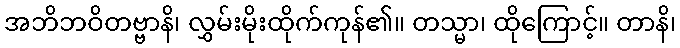
အဘိဘဝိတဗ္ဗာနိ၊ လွှမ်းမိုးထိုက်ကုန်၏။ တသ္မာ၊ ထိုကြောင့်။ တာနိ၊